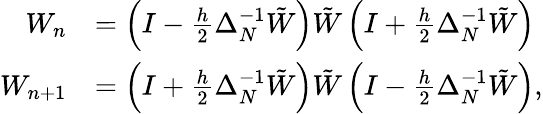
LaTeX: \begin{array}{rl}{W_{n}}&{=\left(I-\frac{h}{2}\Delta_{N}^{-1}\tilde{W}\right)\tilde{W}\left(I+\frac{h}{2}\Delta_{N}^{-1}\tilde{W}\right)}\\ {W_{n+1}}&{=\left(I+\frac{h}{2}\Delta_{N}^{-1}\tilde{W}\right)\tilde{W}\left(I-\frac{h}{2}\Delta_{N}^{-1}\tilde{W}\right),}\end{array}